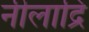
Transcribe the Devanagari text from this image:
नीलाद्रि